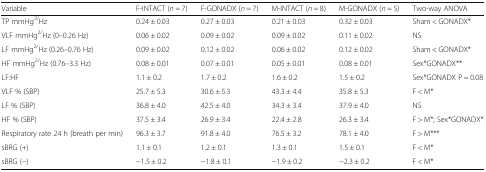
| Variable | F-INTACT (n = 7) | F-GONADX (n = 7) | M-INTACT (n = 8) | M-GONADX (n = 5) | Two-way ANOVA |
 | --- | --- | --- | --- | --- | --- |
 | TP mmHg2/Hz | 0.24 ± 0.03 | 0.27 ± 0.03 | 0.21 ± 0.03 | 0.32 ± 0.03 | Sham < GONADX* |
 | VLF mmHg2/Hz (0–0.26 Hz) | 0.06 ± 0.02 | 0.09 ± 0.02 | 0.09 ± 0.02 | 0.11 ± 0.02 | NS |
 | LF mmHg2/Hz (0.26–0.76 Hz) | 0.09 ± 0.02 | 0.12 ± 0.02 | 0.06 ± 0.02 | 0.12 ± 0.02 | Sham < GONADX* |
 | HF mmHg2/Hz (0.76–3.3 Hz) | 0.08 ± 0.01 | 0.07 ± 0.01 | 0.05 ± 0.01 | 0.08 ± 0.01 | Sex*GONADX** |
 | LF:HF | 1.1 ± 0.2 | 1.7 ± 0.2 | 1.6 ± 0.2 | 1.5 ± 0.2 | Sex*GONADX P = 0.08 |
 | VLF % (SBP) | 25.7 ± 5.3 | 30.6 ± 5.3 | 43.3 ± 4.4 | 35.8 ± 5.3 | F < M* |
 | LF % (SBP) | 36.8 ± 4.0 | 42.5 ± 4.0 | 34.3 ± 3.4 | 37.9 ± 4.0 | NS |
 | HF % (SBP) | 37.5 ± 3.4 | 26.9 ± 3.4 | 22.4 ± 2.8 | 26.3 ± 3.4 | F > M*; Sex*GONADX* |
 | Respiratory rate 24 h (breath per min) | 96.3 ± 3.7 | 91.8 ± 4.0 | 76.5 ± 3.2 | 78.1 ± 4.0 | F > M*** |
 | sBRG (+) | 1.1 ± 0.1 | 1.2 ± 0.1 | 1.3 ± 0.1 | 1.5 ± 0.1 | F < M* |
 | sBRG (−) | −1.5 ± 0.2 | −1.8 ± 0.1 | −1.9 ± 0.2 | −2.3 ± 0.2 | F < M* |